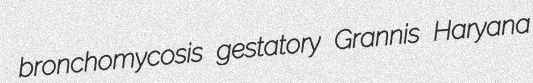
bronchomycosis gestatory Grannis Haryana